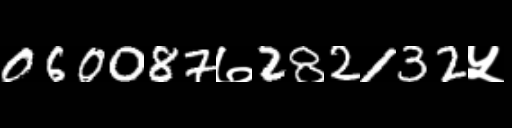
Text: 060087७282132५